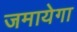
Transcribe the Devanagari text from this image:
जमायेगा